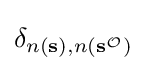
\delta _{n\left(\mathbf {s} \right),n\left(\mathbf {s} ^{\mathcal {O}}\right)}